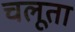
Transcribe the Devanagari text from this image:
चलूता